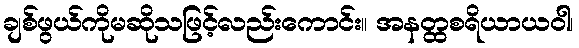
ချစ်ဖွယ်ကိုမဆိုသဖြင့်လည်းကောင်း။ အနတ္ထစရိယာယဝါ၊